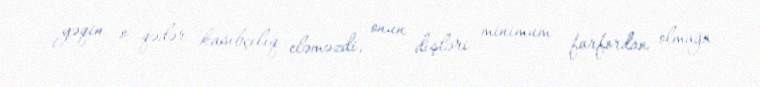
yəqin o qədər kasıbçılıq eləməzdi, onun dişləri minimum farfordan olmağa